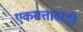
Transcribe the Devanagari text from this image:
एकसत्तावादी